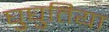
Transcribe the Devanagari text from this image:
घुघुतिया